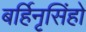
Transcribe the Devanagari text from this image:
बर्हिनृसिंहो